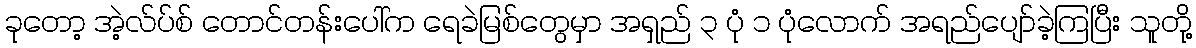
ခုတော့ အဲ့လ်ပ်စ် တောင်တန်းပေါ်က ရေခဲမြစ်တွေမှာ အရှည် ၃ ပုံ ၁ ပုံလောက် အရည်ပျော်ခဲ့ကြပြီး သူတို့